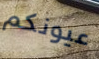
عيونكم